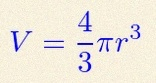
V=\frac43\pi r^3